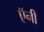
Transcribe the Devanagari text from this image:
ऍनी